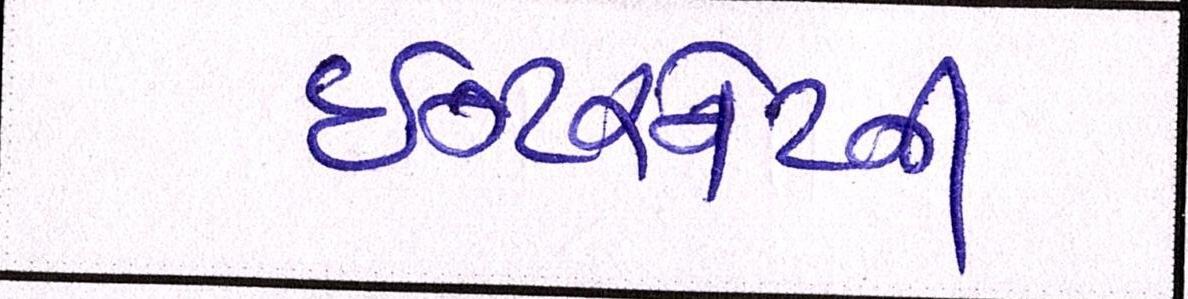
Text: ઈન્ટરનેટની